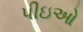
પીઇઓ